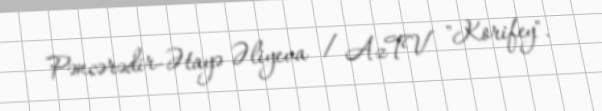
Pəncərədir-Ətayə Əliyeva / AzTV "Korifey".